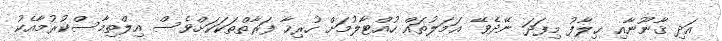
އަދި ޤާނޫނާއި ޚިލާފު މިފަދަ ނޭދެވޭ ޢަމަލުތައް ހުއްޓާލުމަށް ހުރިހާ ފަރާތްތަކަކަށްވެސް އިލްތިމާސްކުރުމާއެކު